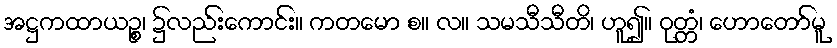
အဋ္ဌကထာယဉ္စ၊ ၌လည်းကောင်း။ ကတမော စ။ လ။ သမသီသီတိ၊ ဟူ၍။ ဝုတ္တံ၊ ဟောတော်မူ